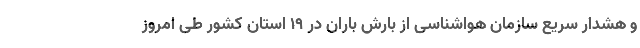
و هشدار سریع سازمان هواشناسی از بارش باران در ۱۹ استان کشور طی امروز